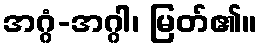
အဂ္ဂံ-အဂ္ဂါ၊ မြတ်၏။